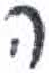
אות: ה